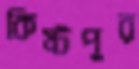
কিষ্টপুর